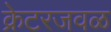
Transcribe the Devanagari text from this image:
क्रेटरजवळ